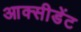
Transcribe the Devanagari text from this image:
आक्सीडेंट